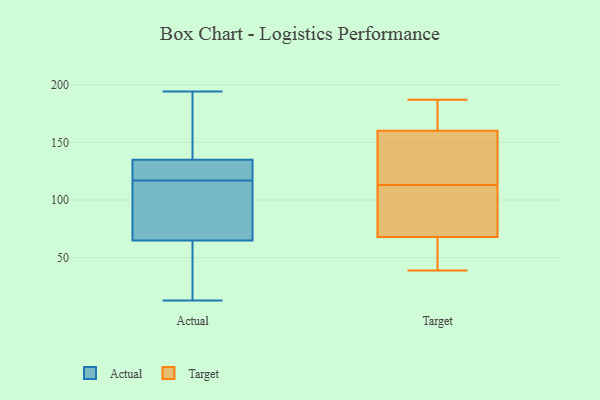
{"axis": {"x": "Headcount", "y": "Value"}, "legend": ["Actual", "Target"], "data": [{"x": "", "y": 191, "type": "Actual"}, {"x": "", "y": 118, "type": "Actual"}, {"x": "", "y": 24, "type": "Actual"}, {"x": "", "y": 132, "type": "Actual"}, {"x": "", "y": 65, "type": "Actual"}, {"x": "", "y": 13, "type": "Actual"}, {"x": "", "y": 116, "type": "Actual"}, {"x": "", "y": 194, "type": "Actual"}, {"x": "", "y": 135, "type": "Actual"}, {"x": "", "y": 92, "type": "Actual"}, {"x": "", "y": 39, "type": "Target"}, {"x": "", "y": 160, "type": "Target"}, {"x": "", "y": 112, "type": "Target"}, {"x": "", "y": 187, "type": "Target"}, {"x": "", "y": 100, "type": "Target"}, {"x": "", "y": 144, "type": "Target"}, {"x": "", "y": 68, "type": "Target"}, {"x": "", "y": 66, "type": "Target"}, {"x": "", "y": 114, "type": "Target"}, {"x": "", "y": 180, "type": "Target"}]}